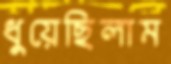
ধুয়েছিলাম